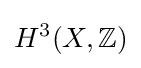
H^{3}(X,\mathbb {Z} )